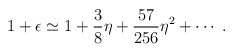
\begin{align*}1+\epsilon\simeq1+\frac{3}{8}\eta+\frac{57}{256}\eta^2+\cdots\;.\end{align*}